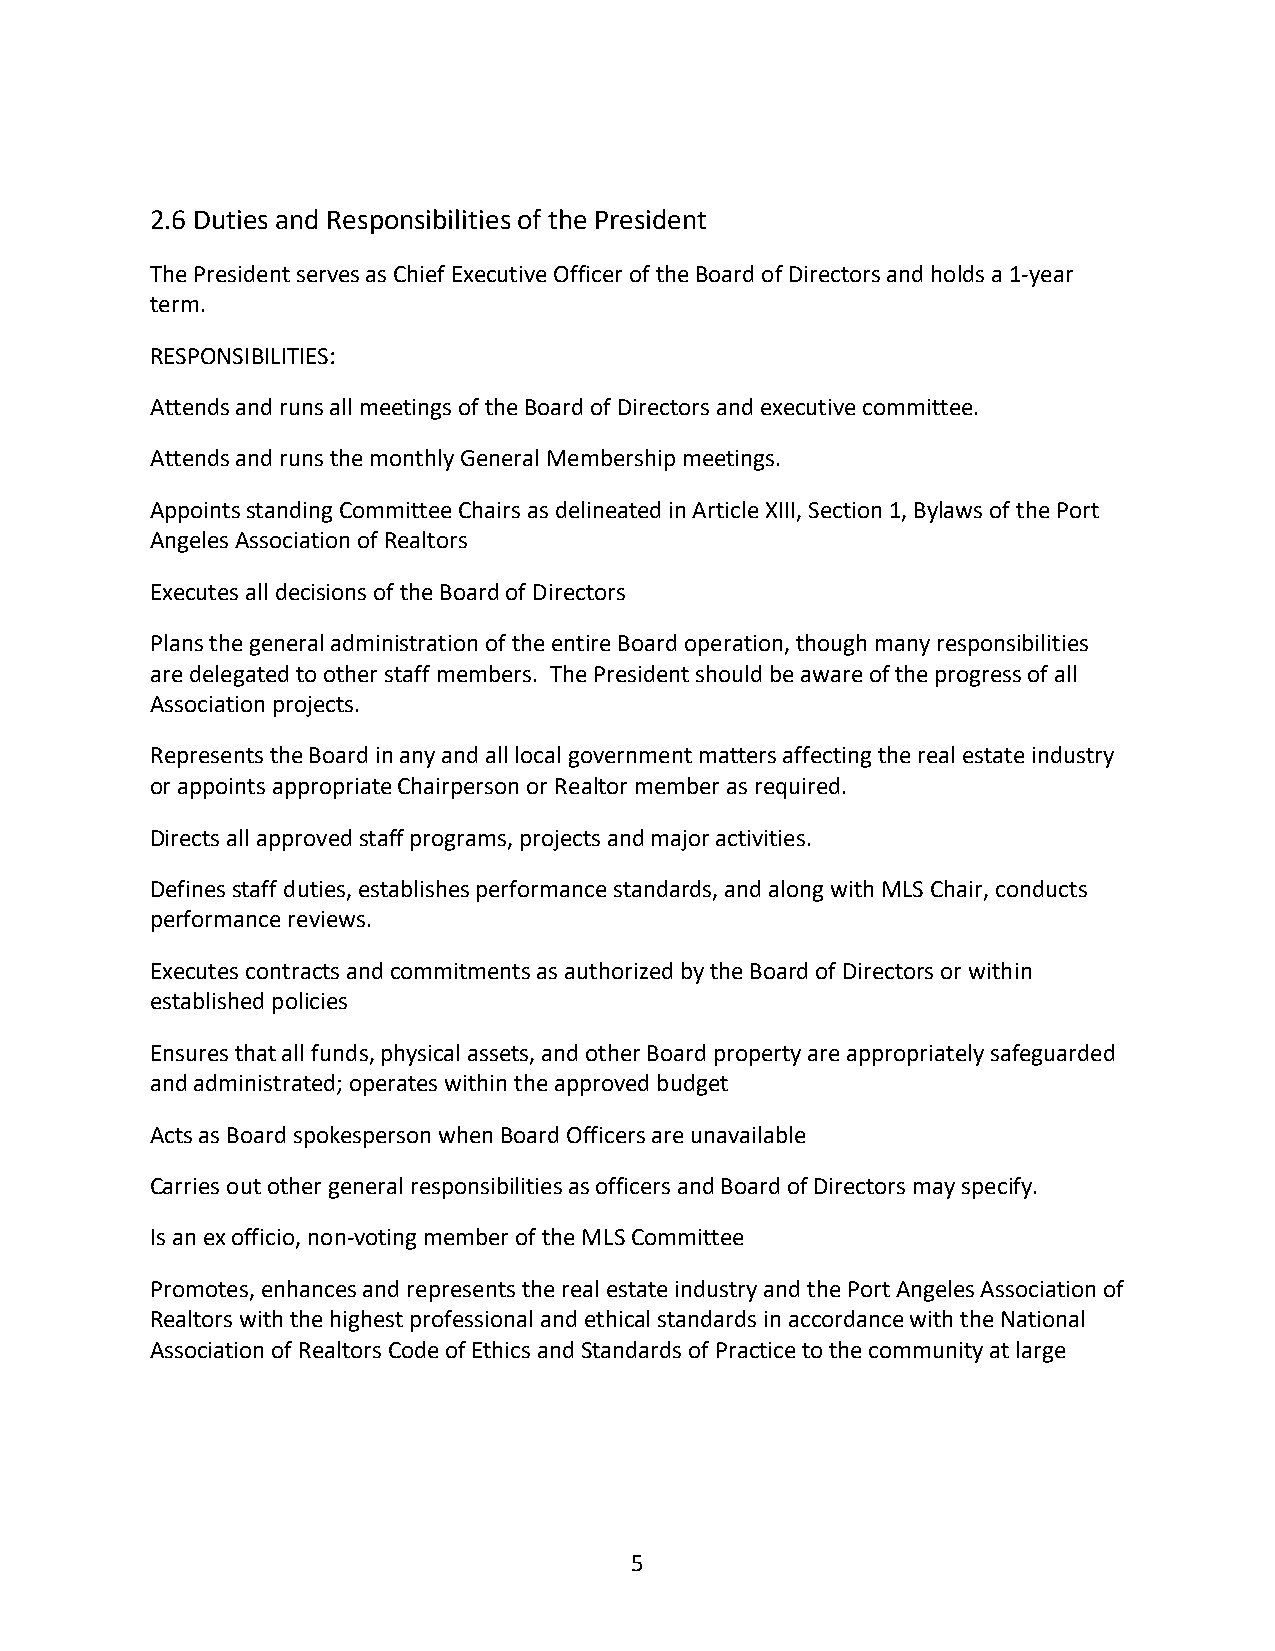
2.6 Duties and Responsibilities of the President
 The President serves as Chief Executive Officer of the Board of Directors and holds a 1-year
 term.
 RESPONSIBILITIES:
 Attends and runs all meetings of the Board of Directors and executive committee.
 Attends and runs the monthly General Membership meetings.
 Appoints standing Committee Chairs as delineated in Article XIII, Section 1, Bylaws of the Port
 Angeles Association of Realtors
 Executes all decisions of the Board of Directors
 Plans the general administration of the entire Board operation, though many responsibilities
 are delegated to other staff members. The President should be aware of the progress of all
 Association projects.
 Represents the Board in any and all local government matters affecting the real estate industry
 or appoints appropriate Chairperson or Realtor member as required.
 Directs all approved staff programs, projects and major activities.
 Defines staff duties, establishes performance standards, and along with MLS Chair, conducts
 performance reviews.
 Executes contracts and commitments as authorized by the Board of Directors or within
 established policies
 Ensures that all funds, physical assets, and other Board property are appropriately safeguarded
 and administrated; operates within the approved budget
 Acts as Board spokesperson when Board Officers are unavailable
 Carries out other general responsibilities as officers and Board of Directors may specify.
 Is an ex officio, non-voting member of the MLS Committee
 Promotes, enhances and represents the real estate industry and the Port Angeles Association of
 Realtors with the highest professional and ethical standards in accordance with the National
 Association of Realtors Code of Ethics and Standards of Practice to the community at large
 5